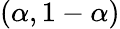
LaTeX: (\alpha,1-\alpha)